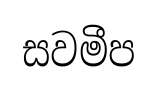
සවමීප